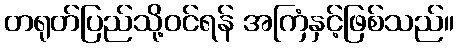
တရုတ်ပြည်သို့ဝင်ရန် အကြံနှင့်ဖြစ်သည်။